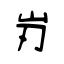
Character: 岃